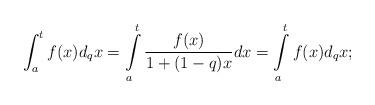
LaTeX: \begin{align*}\int_{a}^{t}f(x)d_{q}x=\intop_{a}^{t}\frac{f(x)}{1+(1-q)x}dx=\intop_{a}^{t}f(x)d_{q}x;\end{align*}